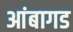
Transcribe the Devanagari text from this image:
आंबागड